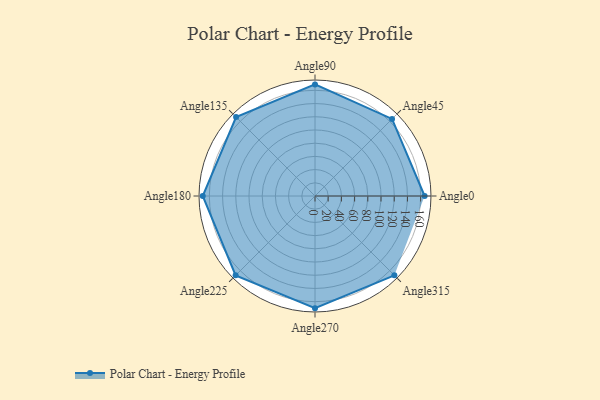
{"axis": {"x": "Angle", "y": "Radius"}, "legend": [""], "data": [{"x": "Angle0", "y": 166.0, "type": ""}, {"x": "Angle45", "y": 165.0, "type": ""}, {"x": "Angle90", "y": 169.0, "type": ""}, {"x": "Angle135", "y": 169.0, "type": ""}, {"x": "Angle180", "y": 170.0, "type": ""}, {"x": "Angle225", "y": 170, "type": ""}, {"x": "Angle270", "y": 170, "type": ""}, {"x": "Angle315", "y": 170, "type": ""}]}